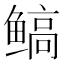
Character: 𱈋